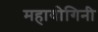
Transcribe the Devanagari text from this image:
महायोगिनी